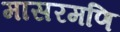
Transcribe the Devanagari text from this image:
मासरमणि